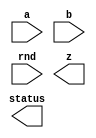



////////////////////////////////////////////////////////////////////////////////
//
//       This confidential and proprietary software may be used only
//     as authorized by a licensing agreement from Synopsys Inc.
//     In the event of publication, the following notice is applicable:
//
//                    (C) COPYRIGHT 2006 - 2018 SYNOPSYS INC.
//                           ALL RIGHTS RESERVED
//
//       The entire notice above must be reproduced on all authorized
//     copies.
//
//
// VERSION:   Verilog Simulation Model for DW_fp_mult
//
// DesignWare_version: ca8e83a3
// DesignWare_release: O-2018.06-DWBB_201806.3
//
////////////////////////////////////////////////////////////////////////////////

//-----------------------------------------------------------------------------
//
// ABSTRACT: Floating-Point Multiplier
//
//              DW_fp_mult calculates the floating-point multiplication
//              while supporting six rounding modes, including four IEEE
//              standard rounding modes.
//
//              parameters      valid values (defined in the DW manual)
//              ==========      ============
//              sig_width       significand size,  2 to 253 bits
//              exp_width       exponent size,     3 to 31 bits
//              ieee_compliance support the IEEE Compliance 
//                              including NaN and denormal expressions.
//                              0 - IEEE 754 compatible without denormal support
//                                  (NaN becomes Infinity, Denormal becomes Zero)
//                              1 - IEEE 754 standard compatible
//                                  (NaN and denormal numbers are supported)
//
//              Input ports     Size & Description
//              ===========     ==================
//              a               (sig_width + exp_width + 1)-bits
//                              Floating-point Number Input
//              b               (sig_width + exp_width + 1)-bits
//                              Floating-point Number Input
//              rnd             3 bits
//                              Rounding Mode Input
//              z               (sig_width + exp_width + 1)-bits
//                              Floating-point Number Output
//              status          8 bits
//                              Status Flags Output
//
// Modified:
//     2009.11.12 Kyung-Nam Han
//       Bug fix for STAR9000352662, available from 2009.06-SP4
//     2015.12.10 Kyung-Nam Han
//       Bug fix for STAR9000983334, available from 2015.06-SP5
//-----------------------------------------------------------------------------

module DW_fp_mult (a, b, rnd, z, status);

  parameter integer sig_width = 23;      // RANGE 2 TO 253
  parameter integer exp_width = 8;       // RANGE 3 TO 31
  parameter integer ieee_compliance = 0; // RANGE 0 TO 1

  input  [exp_width + sig_width:0] a;
  input  [exp_width + sig_width:0] b;
  input  [2:0] rnd;
  output [exp_width + sig_width:0] z;
  output [7:0] status;

  // synopsys translate_off


  `define Mwidth (2 * sig_width + 3)
  `define Movf   (`Mwidth - 1)
  `define L      (`Movf - 1 - sig_width)
  `define R      (`L - 1)
  `define RND_Width  4
  `define RND_Inc  0
  `define RND_Inexact  1
  `define RND_HugeInfinity  2
  `define RND_TinyminNorm  3
  `define log_awidth ((sig_width + 1>65536)?((sig_width + 1>16777216)?((sig_width + 1>268435456)?((sig_width + 1>536870912)?30:29):((sig_width + 1>67108864)?((sig_width + 1>134217728)?28:27):((sig_width + 1>33554432)?26:25))):((sig_width + 1>1048576)?((sig_width + 1>4194304)?((sig_width + 1>8388608)?24:23):((sig_width + 1>2097152)?22:21)):((sig_width + 1>262144)?((sig_width + 1>524288)?20:19):((sig_width + 1>131072)?18:17)))):((sig_width + 1>256)?((sig_width + 1>4096)?((sig_width + 1>16384)?((sig_width + 1>32768)?16:15):((sig_width + 1>8192)?14:13)):((sig_width + 1>1024)?((sig_width + 1>2048)?12:11):((sig_width + 1>512)?10:9))):((sig_width + 1>16)?((sig_width + 1>64)?((sig_width + 1>128)?8:7):((sig_width + 1>32)?6:5)):((sig_width + 1>4)?((sig_width + 1>8)?4:3):((sig_width + 1>2)?2:1)))))
  `define ez_msb ((exp_width >= `log_awidth) ? exp_width + 1 : `log_awidth + 1)
  
  //-------------------------------------------------------------------------
  // Parameter legality check
  //-------------------------------------------------------------------------
    
 
  initial begin : parameter_check
    integer param_err_flg;

    param_err_flg = 0;
    
      
    if ( (sig_width < 2) || (sig_width > 253) ) begin
      param_err_flg = 1;
      $display(
	"ERROR: %m :\n  Invalid value (%d) for parameter sig_width (legal range: 2 to 253)",
	sig_width );
    end
      
    if ( (exp_width < 3) || (exp_width > 31) ) begin
      param_err_flg = 1;
      $display(
	"ERROR: %m :\n  Invalid value (%d) for parameter exp_width (legal range: 3 to 31)",
	exp_width );
    end
      
    if ( (ieee_compliance < 0) || (ieee_compliance > 1) ) begin
      param_err_flg = 1;
      $display(
	"ERROR: %m :\n  Invalid value (%d) for parameter ieee_compliance (legal range: 0 to 1)",
	ieee_compliance );
    end
    
    if ( param_err_flg == 1) begin
      $display(
        "%m :\n  Simulation aborted due to invalid parameter value(s)");
      $finish;
    end

  end // parameter_check 

  //-------------------------------------------------------------------------

  //-----------------------------------------------------
  // Usage: rnd_val = rnd_eval(rnd,Sign,L,R,stk);
  // rnd_val has 4 bits:
  // rnd_val[rnd_Inc]
  // rnd_val[rnd_Inexact]
  // rnd_val[rnd_HugeInfinity]
  // rnd_val[rnd_TinyminNorm]
  //----------------------------------------------------
  // Rounding increment equations
  // MODE | Equation   | Description
  // ------------------------------------------------
  // even | R&(L|stk)  | IEEE round to nearest (even)
  // zero | 0          | IEEE round to zero
  // +inf | S'&(R|stk) | IEEE round to positive infinity
  // -inf | S&(R|stk)  | IEEE round to negative infinity
  // up   | R          | round to nearest (up)
  // away | (R|stk)    | round away from zero
  //----------------------------------------------------

  function [`RND_Width-1:0] rnd_eval;
  
    input [2:0] rnd;
    input [0:0] Sign;
    input [0:0] L,R,stk;

    begin
      rnd_eval[`RND_Inc] = 0;
      rnd_eval[`RND_Inexact] = R|stk;
      rnd_eval[`RND_HugeInfinity] = 0;
      rnd_eval[`RND_TinyminNorm] = 0;
      
      if ($time > 0)
      begin
        case (rnd)
          3'b000:
          begin
            // round to nearest (even)
            rnd_eval[`RND_Inc] = R&(L|stk);
            rnd_eval[`RND_HugeInfinity] = 1;
            rnd_eval[`RND_TinyminNorm] = 0;
          end
          3'b001:
          begin
            // round to zero
            rnd_eval[`RND_Inc] = 0;
            rnd_eval[`RND_HugeInfinity] = 0;
            rnd_eval[`RND_TinyminNorm] = 0;
          end
          3'b010:
          begin
            // round to positive infinity
            rnd_eval[`RND_Inc] = ~Sign & (R|stk);
            rnd_eval[`RND_HugeInfinity] = ~Sign;
            rnd_eval[`RND_TinyminNorm] = ~Sign;
          end
          3'b011:
          begin
            // round to negative infinity
            rnd_eval[`RND_Inc] = Sign & (R|stk);
            rnd_eval[`RND_HugeInfinity] = Sign;
            rnd_eval[`RND_TinyminNorm] = Sign;
          end
          3'b100:
          begin
            // round to nearest (up)
            rnd_eval[`RND_Inc] = R;
            rnd_eval[`RND_HugeInfinity] = 1;
            rnd_eval[`RND_TinyminNorm] = 0;
          end
          3'b101:
          begin
            // round away form 0
            rnd_eval[`RND_Inc] = R|stk;
            rnd_eval[`RND_HugeInfinity] = 1;
            rnd_eval[`RND_TinyminNorm] = 1;
          end
          default:
          begin
            $display("Error! illegal rounding mode.\n");
            $display("a : %b", a);
            $display("rnd : %b", rnd);
          end
        endcase
      end
    end
  endfunction



  reg [(exp_width + sig_width):0] z_reg;
  reg [exp_width-1:0] EA;
  reg [exp_width-1:0] EB;
  reg signed [`ez_msb:0] EZ;
  reg signed [`ez_msb:0] Range_Check;
  reg signed [`ez_msb:0] SH_Shift;
  reg signed [`ez_msb:0] EZ_Shift;
  reg [sig_width:0] MA;
  reg [sig_width:0] MB;
  reg [sig_width:0] TMP_MA;
  reg [sig_width:0] TMP_MB;
  reg [`Mwidth-1:0] MZ;
  reg STK;
  reg SIGN;
  reg [`RND_Width-1:0] RND_val;
  reg [8    -1:0] status_reg;
  reg MaxEXP_A;
  reg MaxEXP_B;
  reg InfSIG_A;
  reg InfSIG_B;
  reg Zero_A;
  reg Zero_B;
  reg Denorm_A;
  reg Denorm_B;
  reg [9:0] LZ_INA;
  reg [9:0] LZ_INB;
  reg [9:0] LZ_IN;
  reg [sig_width - 1:0] SIGA;
  reg [sig_width - 1:0] SIGB;
  reg [(exp_width + sig_width):0] NaN_Reg;
  reg [(exp_width + sig_width):0] Inf_Reg;
  reg MZ_Movf1;
  reg EZ_Zero;
  reg STK_PRE;
  reg [sig_width:0] STK_EXT;
  reg [sig_width - 1:0] NaN_Sig;
  reg [sig_width - 1:0] Inf_Sig;
  reg STK_CHECK;
  reg minnorm_case;

  integer i;
  
  always @(a or b or rnd) begin : a1000_PROC
    SIGN = a[(exp_width + sig_width)] ^ b[(exp_width + sig_width)];
    EA = a[((exp_width + sig_width) - 1):sig_width];
    EB = b[((exp_width + sig_width) - 1):sig_width];
    SIGA = a[(sig_width - 1):0];
    SIGB = b[(sig_width - 1):0];
    status_reg = 0;
    LZ_INA = 0;
    LZ_INB = 0;
    LZ_IN = 0;
    STK_EXT = 0;

    MaxEXP_A = (EA == ((((1 << (exp_width-1)) - 1) * 2) + 1));
    MaxEXP_B = (EB == ((((1 << (exp_width-1)) - 1) * 2) + 1));
    InfSIG_A = (SIGA == 0);
    InfSIG_B = (SIGB == 0);

    // Zero and Denormal
    if (ieee_compliance) begin
      Zero_A = (EA == 0 ) & (SIGA == 0);
      Zero_B = (EB == 0 ) & (SIGB == 0);
      Denorm_A = (EA == 0 ) & (SIGA != 0);
      Denorm_B = (EB == 0 ) & (SIGB != 0);
      // IEEE Standard
      NaN_Sig = 1;
      Inf_Sig = 0;
      NaN_Reg = {1'b0, {(exp_width){1'b1}}, NaN_Sig};
      Inf_Reg = {SIGN, {(exp_width){1'b1}}, Inf_Sig};

      if (Denorm_A) begin
        MA = {1'b0, a[(sig_width - 1):0]};
      end
      else begin
        MA = {1'b1, a[(sig_width - 1):0]};
      end

      if (Denorm_B) begin
        MB = {1'b0, b[(sig_width - 1):0]};
      end
      else begin
        MB = {1'b1, b[(sig_width - 1):0]};
      end

    end
    else begin // ieee_compliance = 0
      Zero_A = (EA == 0 );
      Zero_B = (EB == 0 );
      Denorm_A = 0;
      Denorm_B = 0;
      MA = {1'b1,a[(sig_width - 1):0]};
      MB = {1'b1,b[(sig_width - 1):0]};
      NaN_Sig = 0;
      Inf_Sig = 0;
      // from 0703-SP2, NaN has always + sign.
      NaN_Reg = {1'b0, {(exp_width){1'b1}}, NaN_Sig};
      Inf_Reg = {SIGN, {(exp_width){1'b1}}, Inf_Sig};
    end
  
    //
    // Infinity & NaN Input
    //
    if (ieee_compliance && ((MaxEXP_A && ~InfSIG_A) || (MaxEXP_B && ~InfSIG_B))) begin
      status_reg[2] = 1;
      z_reg = NaN_Reg;
    end
    else if ( (MaxEXP_A) || (MaxEXP_B) )	begin

      if (ieee_compliance == 0) begin
        status_reg[1] = 1;
      end

      // 0*Inf = NaN
      if ( Zero_A || Zero_B ) begin
        status_reg[2] = 1;
        z_reg = NaN_Reg;
      end
      else begin  // Infinity Case
        status_reg[1] = 1;
        z_reg = Inf_Reg;
      end

    end
    //
    // Zero Input
    //
    else if (Zero_A || Zero_B) begin
      status_reg[0] = 1;
      z_reg = 0;
      z_reg[(exp_width + sig_width)] = SIGN;
    end
    //
    // Normal & Denormal Inputs
    //
    else begin

      // Denormal Check
      TMP_MA = MA;
      if (Denorm_A) 
      begin
        while(TMP_MA[sig_width] != 1)
        begin
          TMP_MA = TMP_MA << 1;
          LZ_INA = LZ_INA + 1;
        end
      end

      TMP_MB = MB;
      if (Denorm_B) 
      begin
        while(TMP_MB[sig_width] != 1)
        begin
          TMP_MB = TMP_MB << 1;
          LZ_INB = LZ_INB + 1;
        end
      end

      LZ_IN = LZ_INA + LZ_INB;

      EZ = EA + EB - LZ_IN + Denorm_A + Denorm_B;
      MZ = MA * MB;	// Compute with infinite precision.

      // Left shift MZ in case of denormal multiplication
      if (ieee_compliance) begin
        MZ = MZ << LZ_IN;
      end

      // After the computation, left justify the Mantissa to `Movf-1 bit.
      // Note that the normalized Mantissa after computation is in `Movf-2 bit,
      // and now we normalize it to `Movf-1 bit.
      MZ_Movf1 = MZ[`Movf-1];

      if (MZ[`Movf-1] === 1) begin
        EZ = EZ + 1;
        minnorm_case = 0;
      end
      else begin
        MZ = MZ << 1;
        minnorm_case = (EZ - ((1 << (exp_width-1)) - 1) == 0) ? 1 : 0;
      end

      // Denormal Support
      if (ieee_compliance) begin
        Range_Check = EA + EB + Denorm_A + Denorm_B + MZ_Movf1 - ((1 << (exp_width-1)) - 1) - LZ_IN - 1;

        EZ_Shift = -Range_Check;  

        if (EZ_Shift >= 0) begin
          for (i = 0; i < EZ_Shift; i = i + 1) begin
            {MZ, STK_CHECK} = {MZ, 1'b0} >> 1;
            STK_EXT = STK_EXT | STK_CHECK;
          end
        end

      end

      if (minnorm_case & ~ieee_compliance) begin
        if ({MZ[`R:0], STK_EXT} === 0) STK = 0;
        else STK = 1;
        RND_val = rnd_eval(rnd, SIGN, MZ[`L+1], MZ[`R+1], STK);
      end
      else begin
        if ({MZ[`R-1:0], STK_EXT} === 0) STK = 0;
        else STK = 1;
        RND_val = rnd_eval(rnd, SIGN, MZ[`L], MZ[`R], STK);
      end
  
      // Round Addition
      if (RND_val[`RND_Inc] === 1) MZ = MZ + (1<<`L);

      // Normalize the Mantissa for overflow case after rounding.
      if ( (MZ[`Movf] === 1) ) begin
        EZ = EZ + 1;
        MZ = MZ >> 1;
      end

      // Correction of denomal output.
      if (ieee_compliance & (EZ <= ((1 << (exp_width-1)) - 1)) & MZ[`Movf - 1]) EZ = EZ + 1;

      EZ_Zero = (EZ == ((1 << (exp_width-1)) - 1));
  
      // Adjust Exponent ((1 << (exp_width-1)) - 1).
      // Force EZ = 0 if underflow occurs becuase of subtracting ((1 << (exp_width-1)) - 1),
      if((EZ[`ez_msb] == 0) & (EZ >= ((1 << (exp_width-1)) - 1))) EZ = EZ - ((1 << (exp_width-1)) - 1);
      else EZ = 0;

      //
      // Huge
      //
      if (EZ >= ((((1 << (exp_width-1)) - 1) * 2) + 1)) begin
        status_reg[4] = 1;
        status_reg[5] = 1;

        if(RND_val[`RND_HugeInfinity] === 1) begin
          // Infinity
          MZ[`Movf-2:`L] = Inf_Sig;
          EZ = ((((1 << (exp_width-1)) - 1) * 2) + 1);
          status_reg[1] = 1;
        end
        else begin
          // MaxNorm
          EZ = ((((1 << (exp_width-1)) - 1) * 2) + 1) - 1;
          MZ[`Movf-2:`L] = -1;
        end
      end
      //
      // Tiny
      //
      else if (EZ == 0 ) begin
        status_reg[3] = 1;
         
        if (ieee_compliance == 0) begin
          status_reg[5] = 1;

          if(RND_val[`RND_TinyminNorm] === 1) begin
            // MinNorm
            MZ[`Movf-2:`L] = 0;
            EZ = 0  + 1;
          end
          else begin
            // 0
            MZ[`Movf-2:`L] = 0;
            EZ = 0 ;
            status_reg[0] = 1;
          end
        end

        if ((MZ[`Movf-2:`L] == 0) & (EZ[exp_width - 1:0] == 0)) begin
          status_reg[0] = 1;
        end

      end

      status_reg[5] = status_reg[5] | RND_val[`RND_Inexact] | (~(Zero_A | Zero_B) & (EZ[exp_width - 1:0] == 0) & (MZ[`Movf - 2:`L] == 0));
  
      // Reconstruct the floating point format.
      z_reg = {SIGN,EZ[exp_width-1:0],MZ[`Movf-2:`L]};
      end
  end
  
  assign status = ((^(a ^ a) !== 1'b0) || (^(b ^ b) !== 1'b0) || (^(rnd ^ rnd) !== 1'b0)) ? {8'bX} : status_reg;
  assign z = ((^(a ^ a) !== 1'b0) || (^(b ^ b) !== 1'b0) || (^(rnd ^ rnd) !== 1'b0)) ? {sig_width+exp_width+1{1'bX}} : z_reg;
  
  `undef Mwidth
  `undef Movf
  `undef L
  `undef R
  `undef RND_Width
  `undef RND_Inc
  `undef RND_Inexact
  `undef RND_HugeInfinity
  `undef RND_TinyminNorm
  `undef log_awidth
  `undef ez_msb

  // synopsys translate_on
  
endmodule